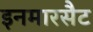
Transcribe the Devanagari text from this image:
इनमारसैट